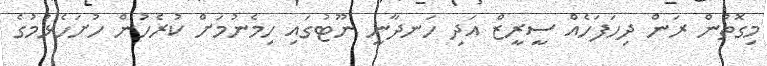
މިގޮތުން ރަން ދިހަފަހެއް ސީރީޒް އަދި ހަނދާނީ ނޫޓުގައި ހިމެނުމަށް ކުރެހުން ހުށަހެޅުމުގެ